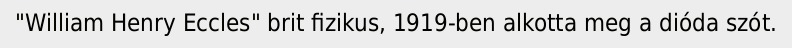
"William Henry Eccles" brit fizikus, 1919-ben alkotta meg a dióda szót.